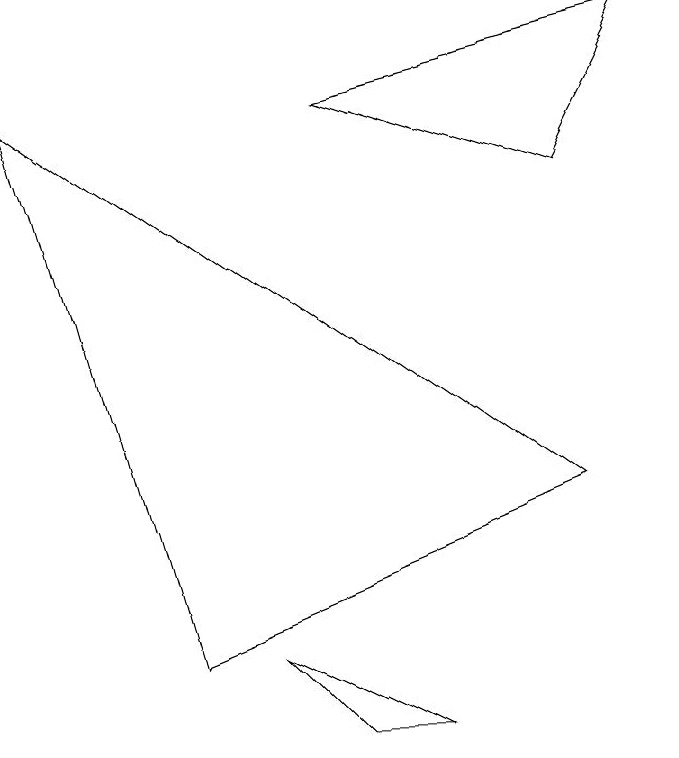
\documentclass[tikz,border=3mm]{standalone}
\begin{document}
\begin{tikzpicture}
\draw (5,0) -- (3,1) -- (4,0) -- cycle;
\draw (4,8) -- (8,9) -- (7,7) -- cycle;
\draw (7,3) -- (0,8) -- (2,1) -- cycle;
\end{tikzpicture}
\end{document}